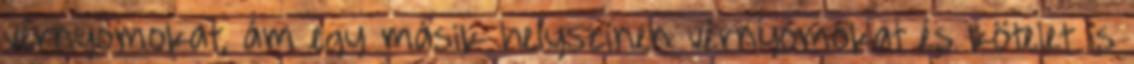
vérnyomokat, ám egy másik helyszínen vérnyomokat és kötelet is